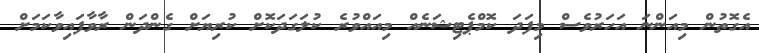
އެގޮތުން މިއަންނަ އަހަރުވެސް މިފަދަ ކޮމްޕެޓިޝަނެއް މިއައްވުރެ ކުލަގަދަކޮށް ކުރިޔަށް ގެންދަން ރާވާފައިވާކަމަށް